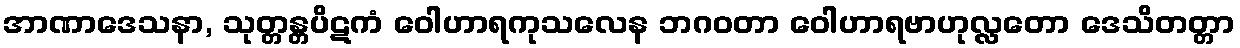
အာဏာဒေသနာ, သုတ္တန္တပိဋကံ ဝေါဟာရကုသလေန ဘဂဝတာ ဝေါဟာရဗာဟုလ္လတော ဒေသိတတ္တာ